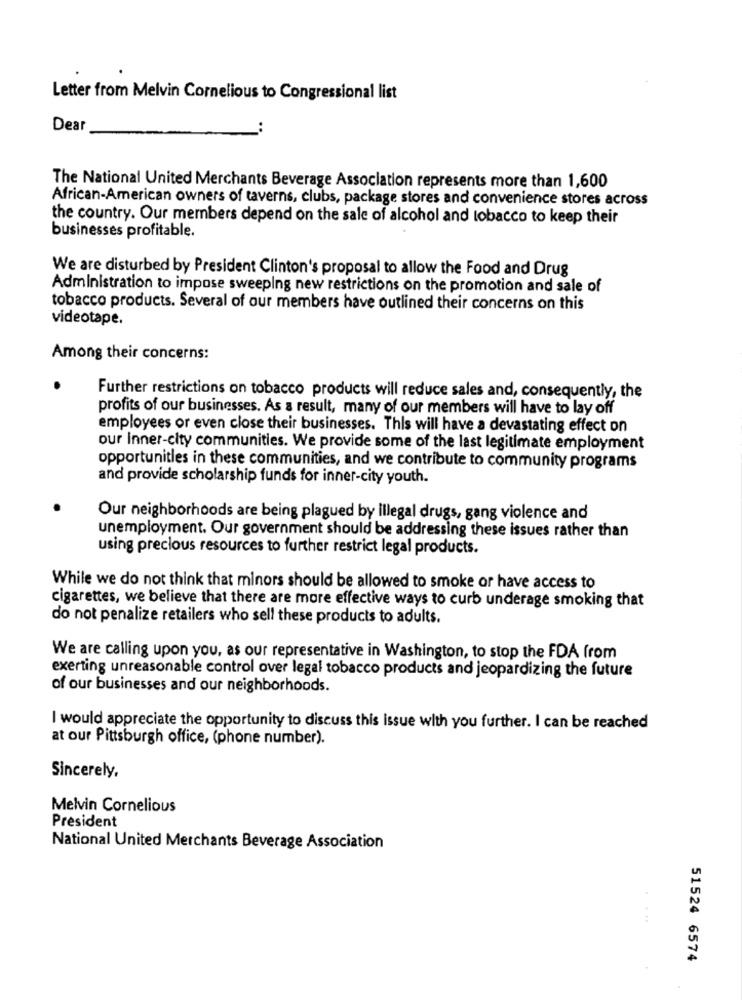
Letter from Melvin Cornelious to Congressional list
Dear
The National United Merchants Beverage Association represents more than 1,600
African-American owners of taverns, clubs, package stores and convenience stores across
the country. Our members depend on the sale of alcohol and tobacco to keep their
businesses profitable.
We are disturbed by President Clinton's proposal to allow the Food and Drug
Administration to impose sweeping new restrictions on the promotion and sale of
tobacco products. Several of our members have outlined their concerns on this
videotape.
Among their concerns:
Further restrictions on tobacco products will reduce sales and, consequently, the
profits of our businesses. As a result, many of our members will have to lay off
employees or even close their businesses. This will have a devastating effect on
our Inner-city communities. We provide some of the last legitimate employment
opportunities in these communities, and we contribute to community programs
and provide scholarship funds for inner-city youth.
Our neighborhoods are being plagued by illegal drugs, gang violence and
unemployment. Our government should be addressing these issues rather than
using precious resources to further restrict legal products.
While we do not think that minors should be allowed to smoke or have access to
cigarettes, we believe that there are more effective ways to curb underage smoking that
do not penalize retailers who sell these products to adults.
We are calling upon you, as our representative in Washington, to stop the FDA from
exerting unreasonable control over legal tobacco products and jeopardizing the future
of our businesses and our neighborhoods.
I would appreciate the opportunity to discuss this issue with you further. I can be reached
at our Pittsburgh office, (phone number).
Sincerely,
Melvin Cornelious
President
National United Merchants Beverage Association
51524 6574